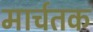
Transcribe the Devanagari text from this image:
मार्चतक